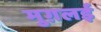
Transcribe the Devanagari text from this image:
मुग़लई